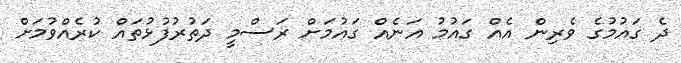
ދެ ގައުމުގެ ވެރިން އެއް ގައުމު އަނެއް ގައުމަށް ރަސްމީ ދަތުރުފުޅުތައް ކުރެއްވުމަށް